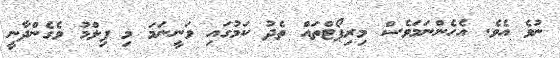
ނުވެ އެވެ. އެހެންނަމަވެސް މިރިޕޯޓްތައް ތެދު ކަމުގައި ވަނީނަމަ މި ފިލްމު ވެގެންދާނީ